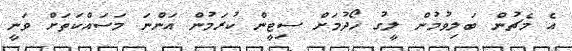
އެ މެޗުން ބަލިވުމުން ލީގު ހޯދުމަށް ސިޓީން ކުރަމުން އަންނަ މަސައްކަތަށް ވަނީ